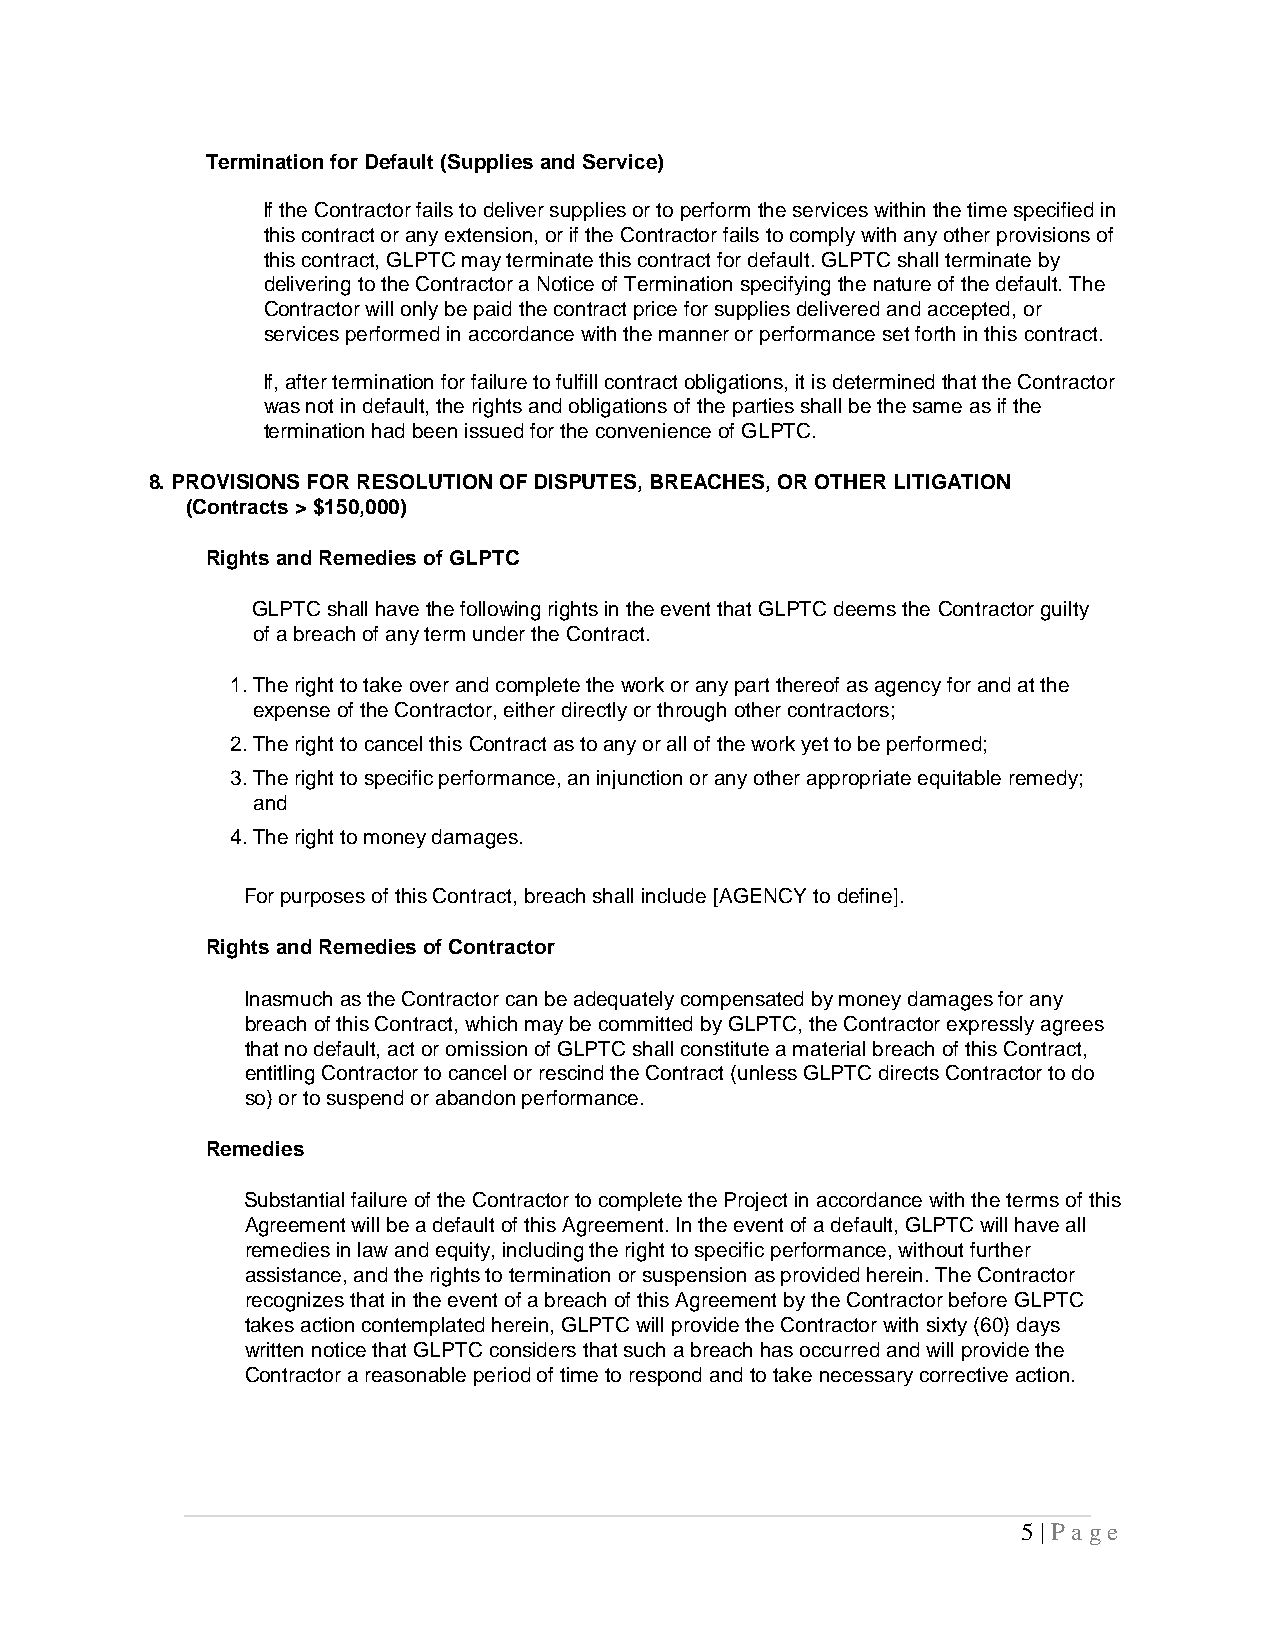
Termination for Default (Supplies and Service)
 If the Contractor fails to deliver supplies or to perform the services within the time specified in
 this contract or any extension, or if the Contractor fails to comply with any other provisions of
 this contract, GLPTC may terminate this contract for default. GLPTC shall terminate by
 delivering to the Contractor a Notice of Termination specifying the nature of the default. The
 Contractor will only be paid the contract price for supplies delivered and accepted, or
 services performed in accordance with the manner or performance set forth in this contract.
 If, after termination for failure to fulfill contract obligations, it is determined that the Contractor
 was not in default, the rights and obligations of the parties shall be the same as if the
 termination had been issued for the convenience of GLPTC.
 8. PROVISIONS FOR RESOLUTION OF DISPUTES, BREACHES, OR OTHER LITIGATION
 (Contracts > $150,000)
 Rights and Remedies of GLPTC
 GLPTC shall have the following rights in the event that GLPTC deems the Contractor guilty
 of a breach of any term under the Contract.
 1. The right to take over and complete the work or any part thereof as agency for and at the
 expense of the Contractor, either directly or through other contractors;
 2. The right to cancel this Contract as to any or all of the work yet to be performed;
 3. The right to specific performance, an injunction or any other appropriate equitable remedy;
 and
 4. The right to money damages.
 For purposes of this Contract, breach shall include [AGENCY to define].
 Rights and Remedies of Contractor
 Inasmuch as the Contractor can be adequately compensated by money damages for any
 breach of this Contract, which may be committed by GLPTC, the Contractor expressly agrees
 that no default, act or omission of GLPTC shall constitute a material breach of this Contract,
 entitling Contractor to cancel or rescind the Contract (unless GLPTC directs Contractor to do
 so) or to suspend or abandon performance.
 Remedies
 Substantial failure of the Contractor to complete the Project in accordance with the terms of this
 Agreement will be a default of this Agreement. In the event of a default, GLPTC will have all
 remedies in law and equity, including the right to specific performance, without further
 assistance, and the rights to termination or suspension as provided herein. The Contractor
 recognizes that in the event of a breach of this Agreement by the Contractor before GLPTC
 takes action contemplated herein, GLPTC will provide the Contractor with sixty (60) days
 written notice that GLPTC considers that such a breach has occurred and will provide the
 Contractor a reasonable period of time to respond and to take necessary corrective action.
 5 | P a g e